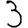
Digit: 3